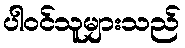
ပါဝင်သူများသည်